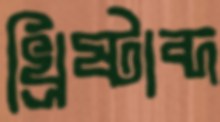
খ্রিষ্টাব্দ